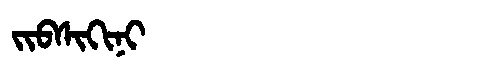
Manchu: ᠵᡳᠪᠰᡳᡴᡳᠨᡳ
Romanization: JIBSIKINI